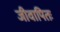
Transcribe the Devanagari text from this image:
जीवापितः